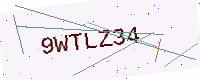
Text: 9WTLZ34